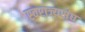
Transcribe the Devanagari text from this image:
स्वराज्यसंघ